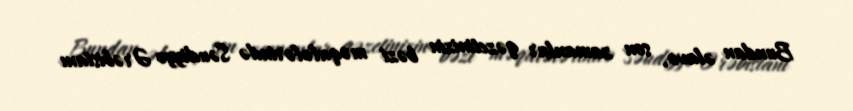
Bundan əlavə, son zamanlar qəzetinizin bəzi məqalələrində Səudiyyə Ərəbistanı